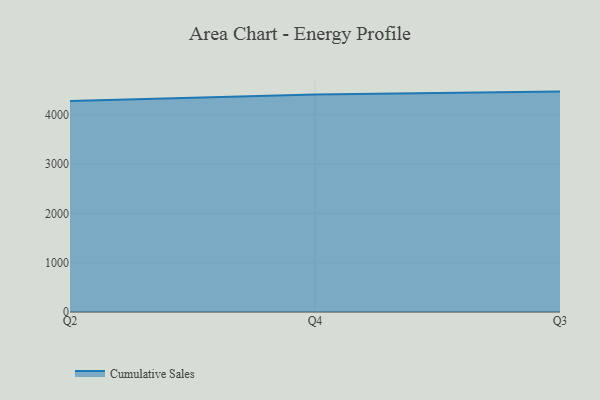
{"axis": {"x": "Quarter", "y": "Inventory Turnover"}, "legend": ["Cumulative Sales"], "data": [{"x": "Q2", "y": 4279.8, "type": "Cumulative Sales"}, {"x": "Q4", "y": 4412.6, "type": "Cumulative Sales"}, {"x": "Q3", "y": 4469.3, "type": "Cumulative Sales"}]}